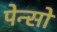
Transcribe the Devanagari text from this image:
पेन्सो